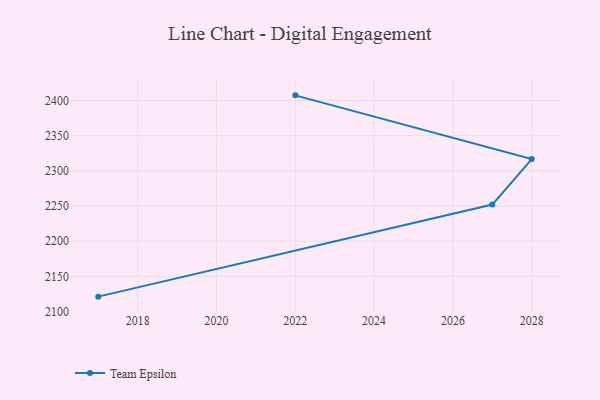
{"axis": {"x": "Year", "y": "Conversion Rate (%)"}, "legend": ["Team Epsilon"], "data": [{"x": "2022", "y": 2407.3, "type": "Team Epsilon"}, {"x": "2028", "y": 2316.8, "type": "Team Epsilon"}, {"x": "2027", "y": 2252.1, "type": "Team Epsilon"}, {"x": "2017", "y": 2121.2, "type": "Team Epsilon"}]}